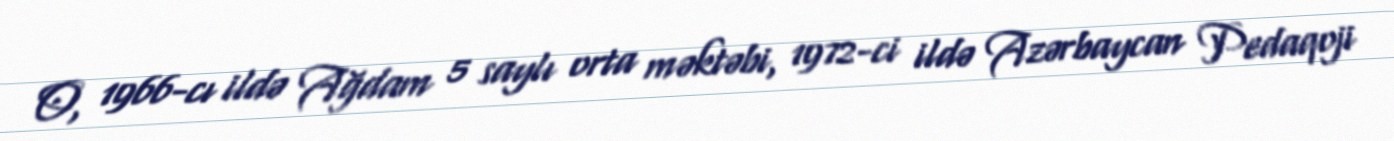
O, 1966-cı ildə Ağdam 5 saylı orta məktəbi, 1972-ci ildə Azərbaycan Pedaqoji